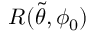
R ( \tilde { \theta } , \phi _ { 0 } )